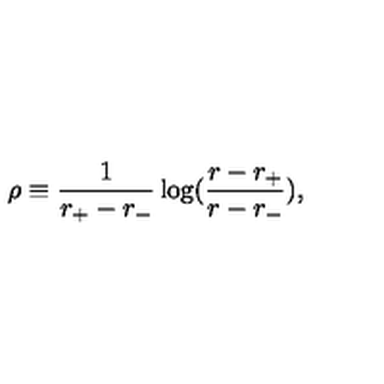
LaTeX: \rho \equiv \frac { 1 } { r _ { + } - r _ { - } } \log ( \frac { r - r _ { + } } { r - r _ { - } } ) ,